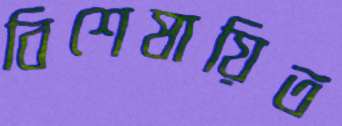
বিশেষায়িত